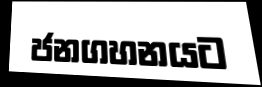
ජනගහනයට